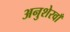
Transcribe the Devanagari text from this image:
अनुशेरवाँ